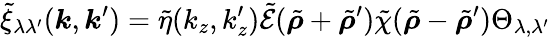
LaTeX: \tilde{\xi}_{\lambda\lambda^{\prime}}(\boldsymbol{k},\boldsymbol{k}^{\prime})=\tilde{\eta}(k_{z},k_{z}^{\prime})\tilde{\mathcal{E}}(\tilde{\boldsymbol{\rho}}+\tilde{\boldsymbol{\rho}}^{\prime})\tilde{\chi}(\tilde{\boldsymbol{\rho}}-\tilde{\boldsymbol{\rho}}^{\prime})\Theta_{\lambda,\lambda^{\prime}}